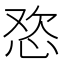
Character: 𱞓